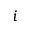
i